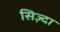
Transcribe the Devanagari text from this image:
सिज़्दा